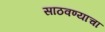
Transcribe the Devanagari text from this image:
साठवण्याचा